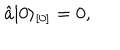
\hat { a } \vert 0 \rangle _ { [ 0 ] } = 0 ,